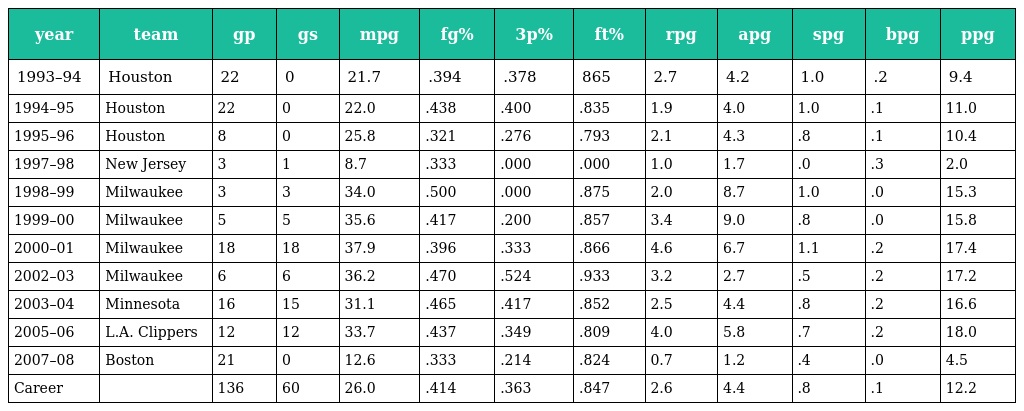
| year | team | gp | gs | mpg | fg% | 3p% | ft% | rpg | apg | spg | bpg | ppg |
 | --- | --- | --- | --- | --- | --- | --- | --- | --- | --- | --- | --- | --- |
 | 1993–94 | Houston | 22 | 0 | 21.7 | .394 | .378 | 865 | 2.7 | 4.2 | 1.0 | .2 | 9.4 |
 | 1994–95 | Houston | 22 | 0 | 22.0 | .438 | .400 | .835 | 1.9 | 4.0 | 1.0 | .1 | 11.0 |
 | 1995–96 | Houston | 8 | 0 | 25.8 | .321 | .276 | .793 | 2.1 | 4.3 | .8 | .1 | 10.4 |
 | 1997–98 | New Jersey | 3 | 1 | 8.7 | .333 | .000 | .000 | 1.0 | 1.7 | .0 | .3 | 2.0 |
 | 1998–99 | Milwaukee | 3 | 3 | 34.0 | .500 | .000 | .875 | 2.0 | 8.7 | 1.0 | .0 | 15.3 |
 | 1999–00 | Milwaukee | 5 | 5 | 35.6 | .417 | .200 | .857 | 3.4 | 9.0 | .8 | .0 | 15.8 |
 | 2000–01 | Milwaukee | 18 | 18 | 37.9 | .396 | .333 | .866 | 4.6 | 6.7 | 1.1 | .2 | 17.4 |
 | 2002–03 | Milwaukee | 6 | 6 | 36.2 | .470 | .524 | .933 | 3.2 | 2.7 | .5 | .2 | 17.2 |
 | 2003–04 | Minnesota | 16 | 15 | 31.1 | .465 | .417 | .852 | 2.5 | 4.4 | .8 | .2 | 16.6 |
 | 2005–06 | L.A. Clippers | 12 | 12 | 33.7 | .437 | .349 | .809 | 4.0 | 5.8 | .7 | .2 | 18.0 |
 | 2007–08 | Boston | 21 | 0 | 12.6 | .333 | .214 | .824 | 0.7 | 1.2 | .4 | .0 | 4.5 |
 | Career |  | 136 | 60 | 26.0 | .414 | .363 | .847 | 2.6 | 4.4 | .8 | .1 | 12.2 |